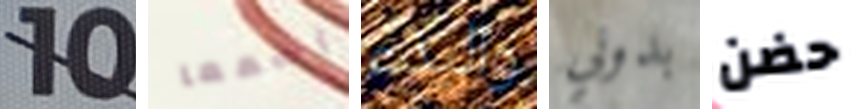
10 إسمعا والبدء بدوني حضن